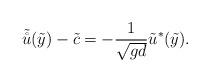
LaTeX: \begin{align*} \tilde{\mathring{u}}(\tilde{y})-\tilde{c}=-\dfrac{1}{\sqrt{gd}}\tilde{u}^*(\tilde{y}).\end{align*}